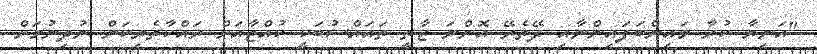
"އަނިޔާ ކުރާ މައިންބަފައިންނާއި ދޭތެރޭ އޮންނަ ޒާތީ ތައައްސުބަކީ ކުއްޖާއަށް ރައްކާތެރިކަން ނުދިނުމަށް